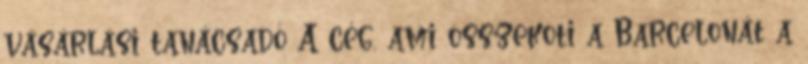
vásárlási tanácsadó A cég, ami összeköti a Barcelonát a